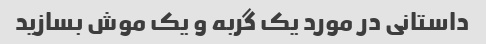
داستانی در مورد یک گربه و یک موش بسازید